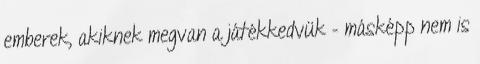
emberek, akiknek megvan a játékkedvük – másképp nem is